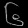
Digit: ၆